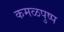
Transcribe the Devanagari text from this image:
कमळपुष्प